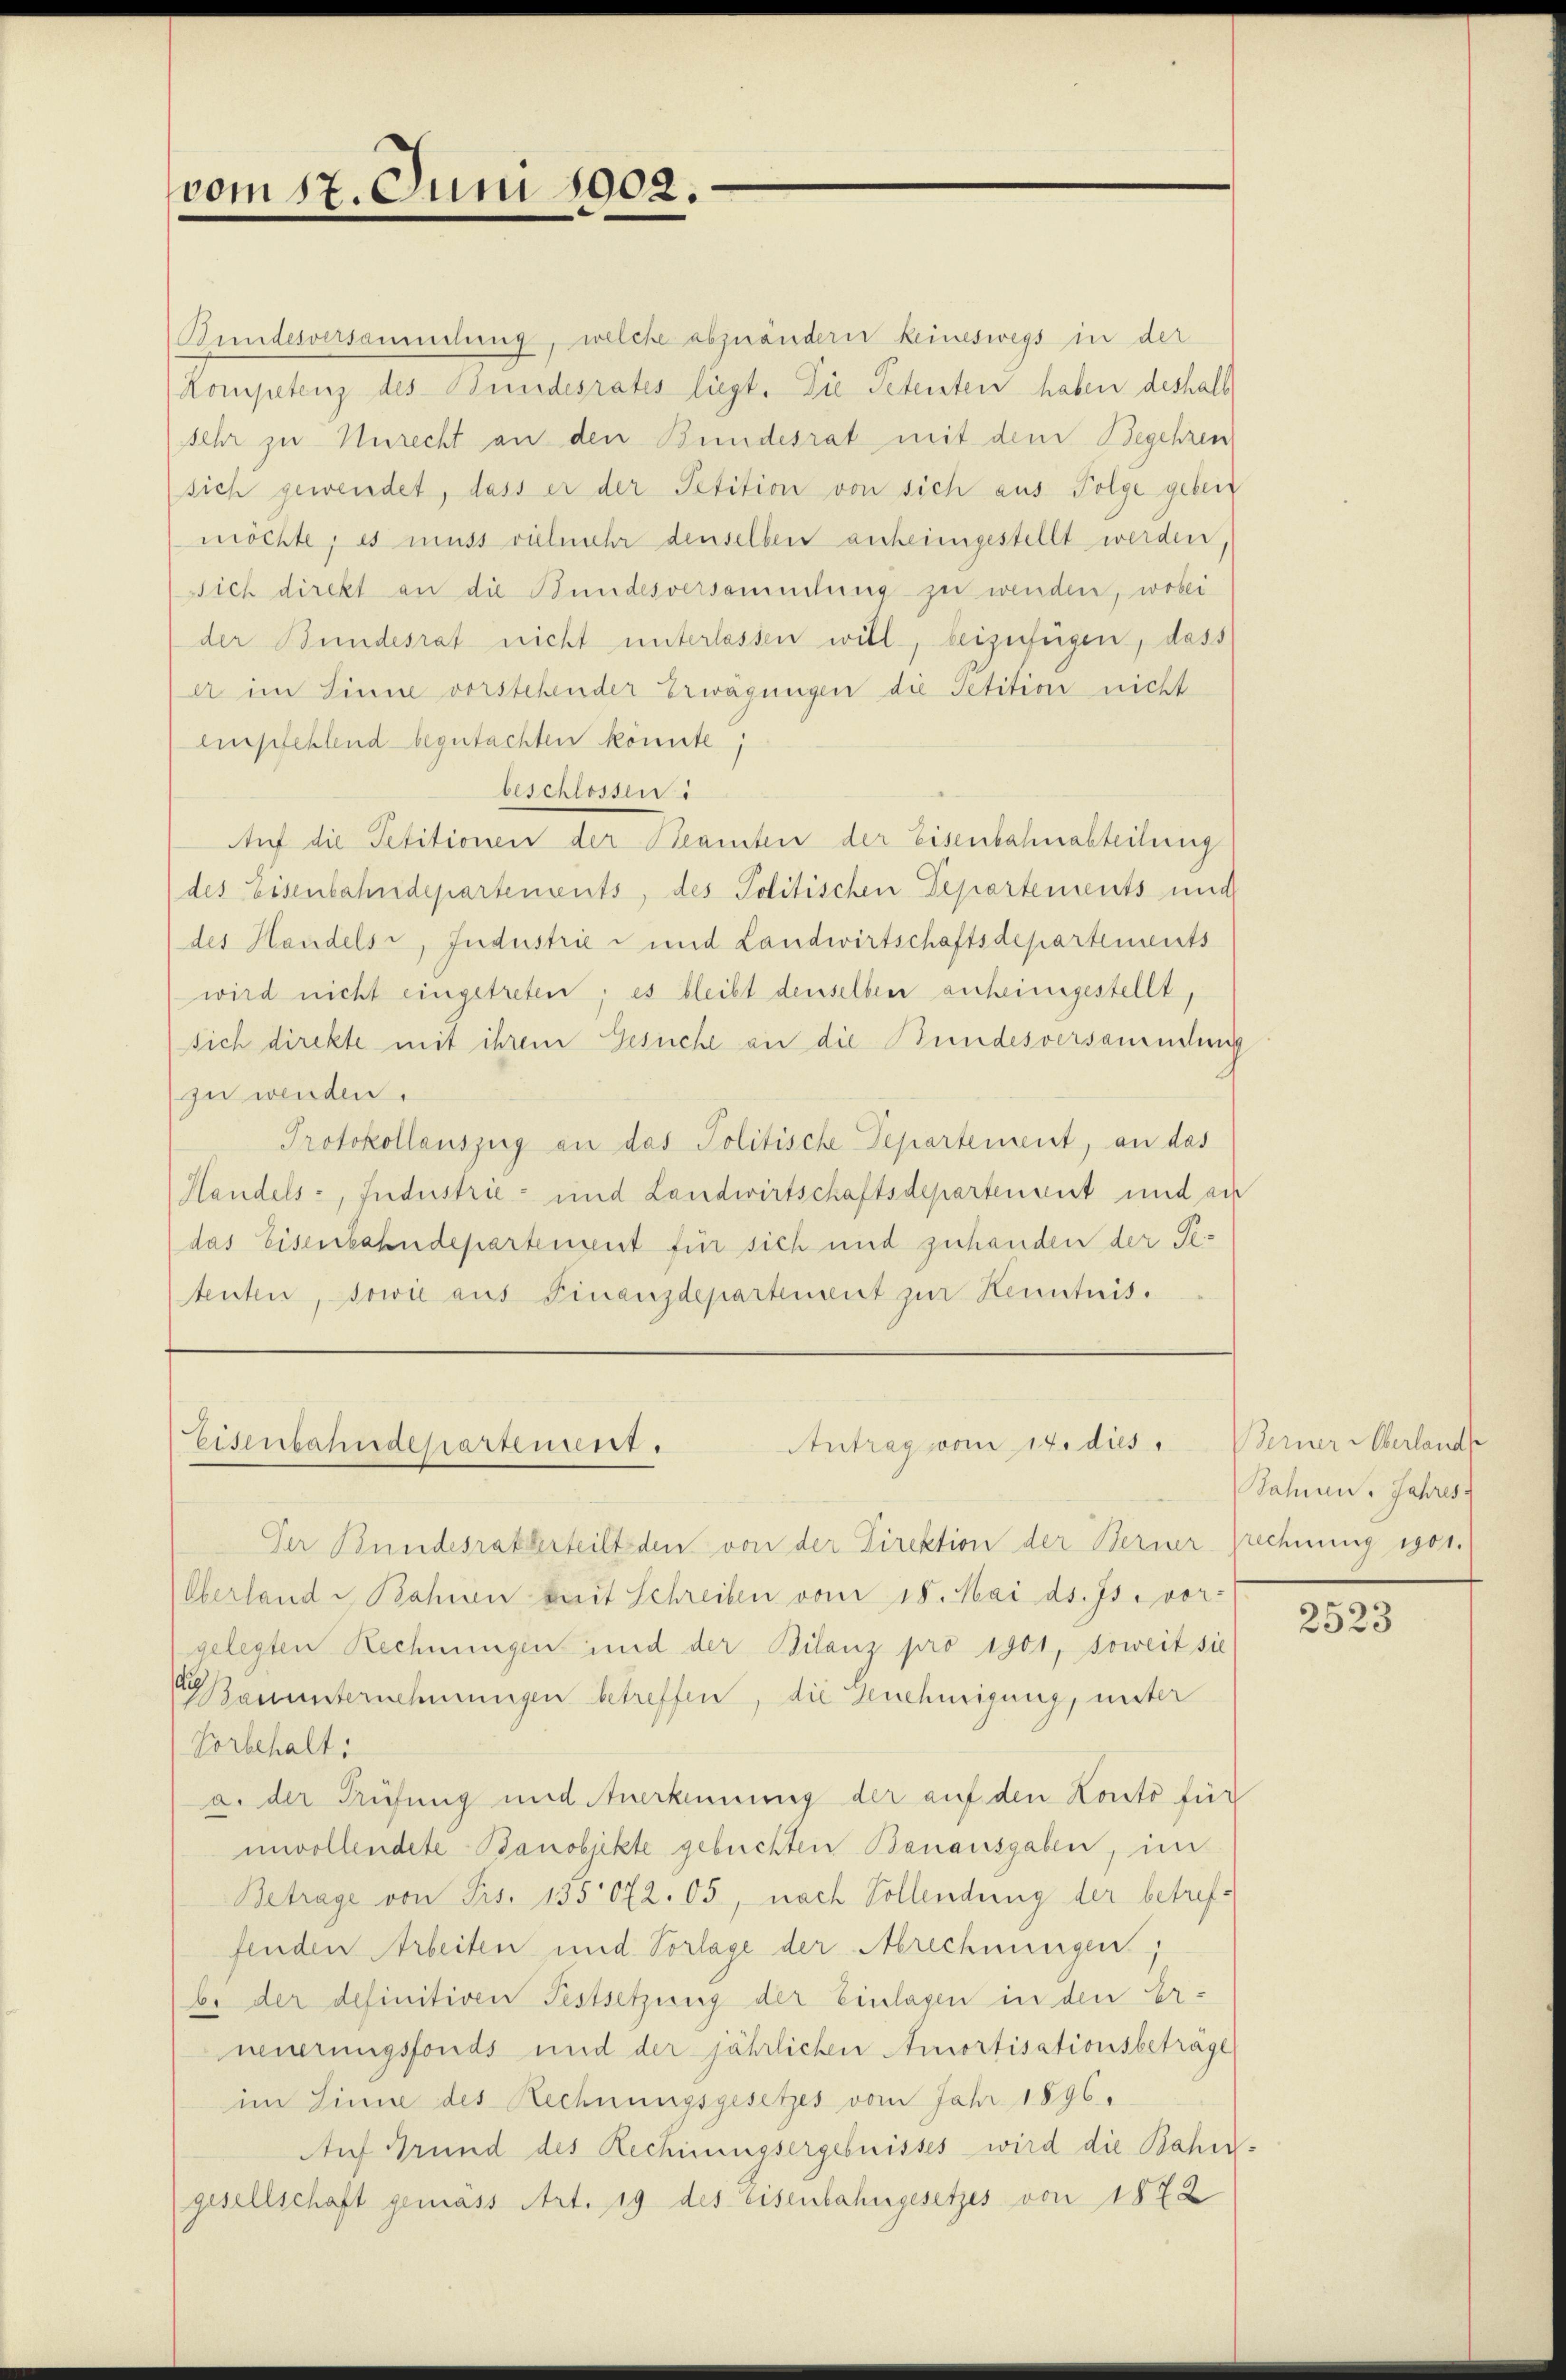
vom 17. Juni 1902.

Bundesversammlung, welche abzuändern keineswegs in der
Kompetenz des Bundesrates liegt. Die Petenten haben deshalb
sehr zu Unrecht an den Bundesrat mit dem Begehren
sich gewendet, dass er der Petition von sich aus Folge geben
möchte; es muss vielmehr denselben anheimgestellt werden.
sich direkt an die Bundesversammlung zu wenden, wobei
der Bundesrat nicht unterlassen will, beizufügen, dass
er im Sinne vorstehender Erwägungen die Petition nicht
empfehlend begutachten könnte;
eeschlossen:
Auf die Petitionen der Beamten der Eisenbahnabteilung
des Eisenbahndepartements, des Politischen Departements und
des Handelsi, Industrie- und Landwirtschaftsdepartements
wird nicht eingetreten; es bleibt denselben anheimgestellt,
sich direkte mit ihrem Gesuche an die Bundesversamenden
zu werden.
Protokollauszug an das Politische Departement, an das
Handels-, Industrie- und Landwirtschaftsdepartenant und au
das Eisenbahndepartement für sich und zuhanden der Petenten, sowie aus Finanzdepartement zur Kenntnis.

Antrag vom 14. dies. Berner Oberland
Eisenbahndepartement.

Der Bundesratherteilt den von der Direktion der Berner rechnung egot.
Oberland u Bahiren mit Schreiben vom 18. Mai d. Js. vor-
gelegten Rechnungen und der Bilanz pro 1901, soweit sie
Bauunternehmungen betreffen, die Genehmigung, unter
Vorbehalt:
a. der Prüfung und Anerkennung der auf den Konto für
unvollendete Banobjekte gebuchten Banausgaben, im
Betrage von Frs. 135072. 05, nach Vollendung der betreffenden Arbeiten und Vorlage der Abrechnungen,
bi der definitiven Festsetzung der Einlagen in den Er-
neuerungsfonds und der jährlichen Amortisationsbeträge
im Linne des Rechnungsgesetzes vom Jahr 1896.
Auf Grund des Rechnungsergebnisses wird die Bahn-
gesellschaft gemäss Art. 19 des Eisenbahngesetzes von 1872

Bahnen. Jahres

2523